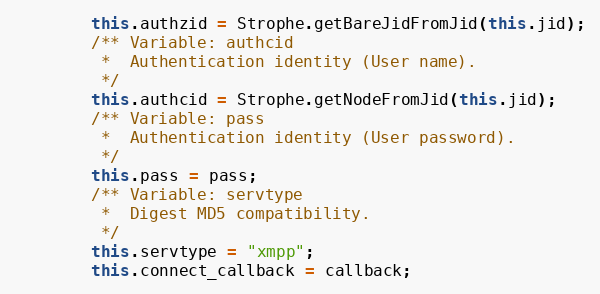
Language: JavaScript
        this.authzid = Strophe.getBareJidFromJid(this.jid);
        /** Variable: authcid
         *  Authentication identity (User name).
         */
        this.authcid = Strophe.getNodeFromJid(this.jid);
        /** Variable: pass
         *  Authentication identity (User password).
         */
        this.pass = pass;
        /** Variable: servtype
         *  Digest MD5 compatibility.
         */
        this.servtype = "xmpp";
        this.connect_callback = callback;